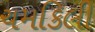
ચમકિલી